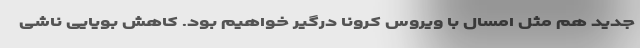
جدید هم مثل امسال با ویروس کرونا درگیر خواهیم بود. کاهش بویایی ناشی